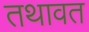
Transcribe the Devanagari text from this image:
तथावत